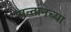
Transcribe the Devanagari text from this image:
सन्तानच्या